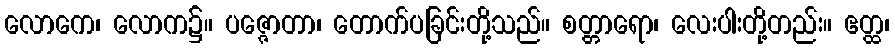
လောကေ၊ လောက၌။ ပဇ္ဇောတာ၊ တောက်ပခြင်းတို့သည်။ စတ္တာရော၊ လေးပါးတို့တည်း။ ဧတ္ထ၊